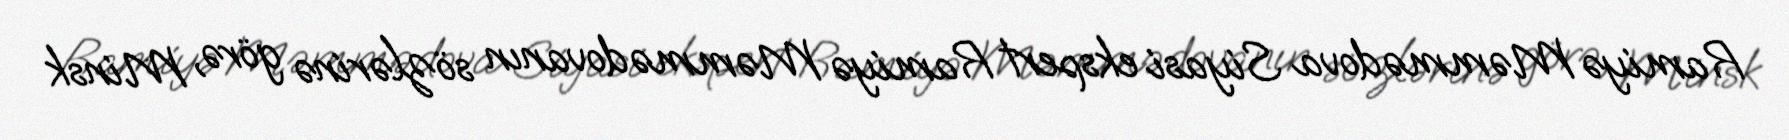
Ramiyə Məmmədova Siyasi ekspert Ramiyə Məmmədovanın sözlərinə görə, Minsk